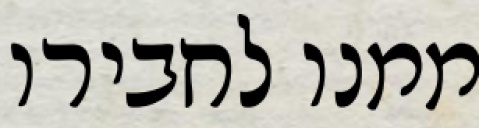
ממנו לחבירו